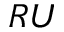
R U